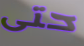
حتى